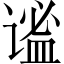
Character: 谧